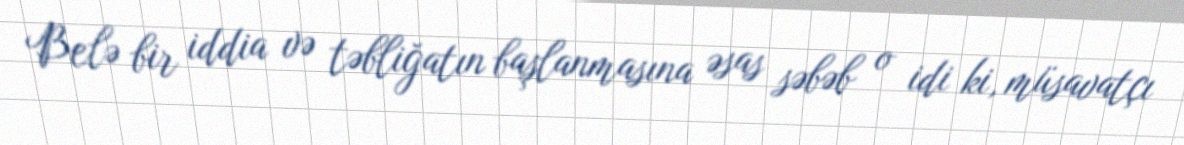
Belə bir iddia və təbliğatın başlanmasına əsas səbəb o idi ki, müsavatçı